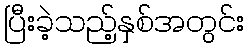
ပြီးခဲ့သည့်နှစ်အတွင်း